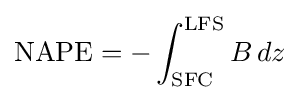
{\hbox{NAPE}}=-\int _{\rm {SFC}}^{\rm {LFS}}B\,dz